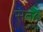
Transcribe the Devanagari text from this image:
संत८